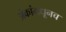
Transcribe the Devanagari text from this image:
अंकांमधूनच